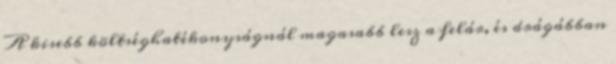
A kisebb költséghatékonyságnál magasabb lesz a felár, és drágábban